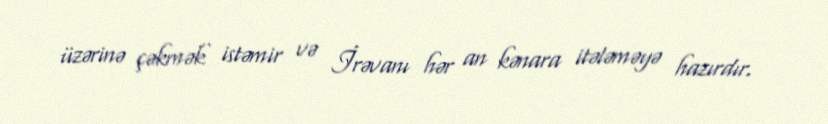
üzərinə çəkmək istəmir və İrəvanı hər an kənara itələməyə hazırdır.